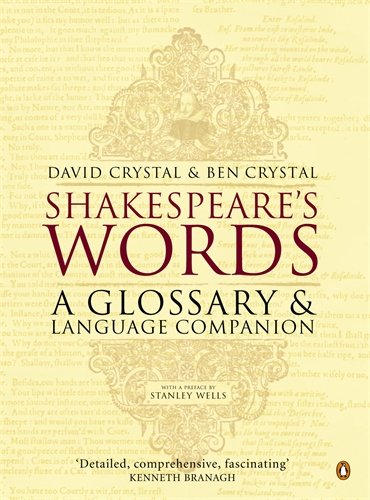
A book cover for Shakespeare's Words: A Glossary and Language Companion; David Crystal; Literature & Fiction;